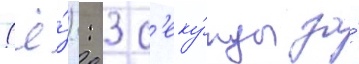
(ё́): 3 с'еку́нды за́